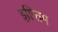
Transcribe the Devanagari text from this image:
इष्टितम